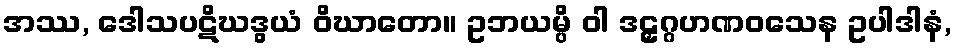
အဿ, ဒေါသပဋိဃဒွယံ ဝိဃာတော။ ဥဘယမ္ပိ ဝါ ဒဠှဂ္ဂဟဏဝသေန ဥပါဒါနံ,